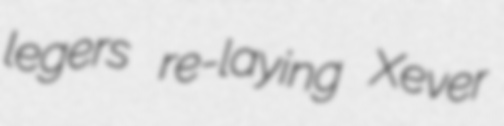
legers re-laying Xever